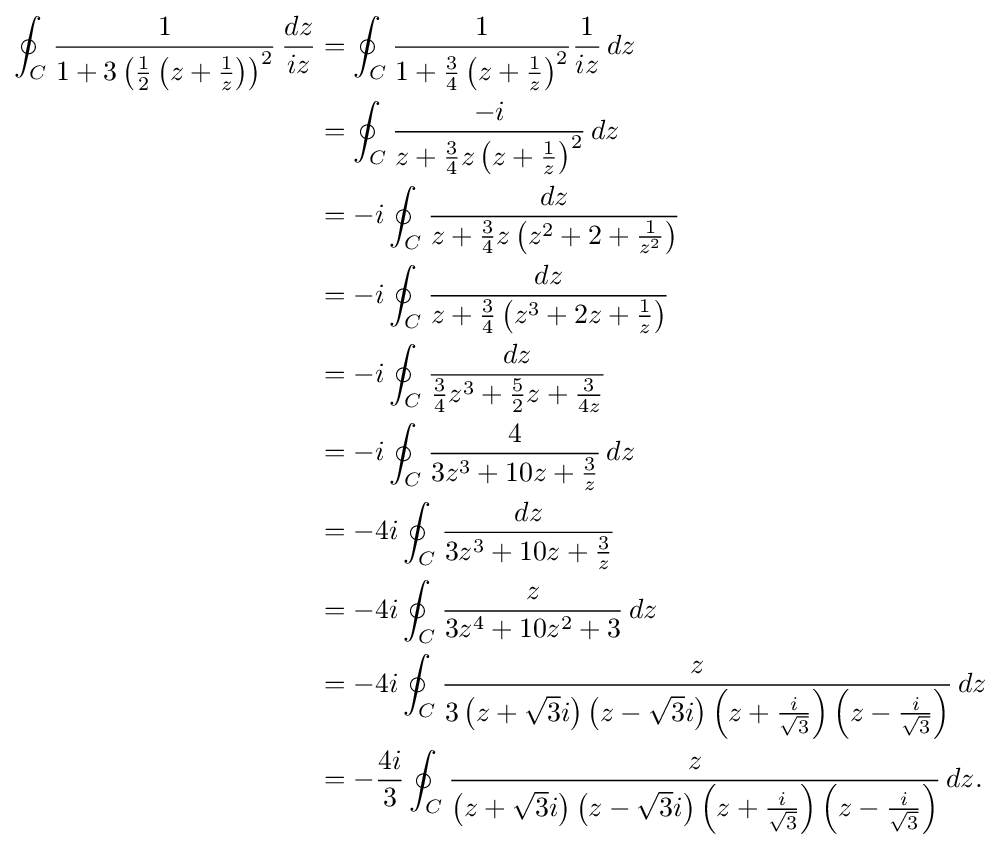
{\begin{aligned}\oint _{C}{\frac {1}{1+3\left({\frac {1}{2}}\left(z+{\frac {1}{z}}\right)\right)^{2}}}\,{\frac {dz}{iz}}&=\oint _{C}{\frac {1}{1+{\frac {3}{4}}\left(z+{\frac {1}{z}}\right)^{2}}}{\frac {1}{iz}}\,dz\\&=\oint _{C}{\frac {-i}{z+{\frac {3}{4}}z\left(z+{\frac {1}{z}}\right)^{2}}}\,dz\\&=-i\oint _{C}{\frac {dz}{z+{\frac {3}{4}}z\left(z^{2}+2+{\frac {1}{z^{2}}}\right)}}\\&=-i\oint _{C}{\frac {dz}{z+{\frac {3}{4}}\left(z^{3}+2z+{\frac {1}{z}}\right)}}\\&=-i\oint _{C}{\frac {dz}{{\frac {3}{4}}z^{3}+{\frac {5}{2}}z+{\frac {3}{4z}}}}\\&=-i\oint _{C}{\frac {4}{3z^{3}+10z+{\frac {3}{z}}}}\,dz\\&=-4i\oint _{C}{\frac {dz}{3z^{3}+10z+{\frac {3}{z}}}}\\&=-4i\oint _{C}{\frac {z}{3z^{4}+10z^{2}+3}}\,dz\\&=-4i\oint _{C}{\frac {z}{3\left(z+{\sqrt {3}}i\right)\left(z-{\sqrt {3}}i\right)\left(z+{\frac {i}{\sqrt {3}}}\right)\left(z-{\frac {i}{\sqrt {3}}}\right)}}\,dz\\&=-{\frac {4i}{3}}\oint _{C}{\frac {z}{\left(z+{\sqrt {3}}i\right)\left(z-{\sqrt {3}}i\right)\left(z+{\frac {i}{\sqrt {3}}}\right)\left(z-{\frac {i}{\sqrt {3}}}\right)}}\,dz.\end{aligned}}